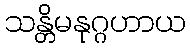
သန္တိမနုဂ္ဂဟာယ